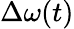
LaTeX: \Delta\omega(t)